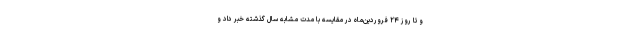
و تا روز ۲۴ فروردین‌ماه در مقایسه با مدت مشابه سال گذشته خبر داد و